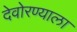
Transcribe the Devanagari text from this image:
देवोरण्याला